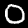
Label: 0